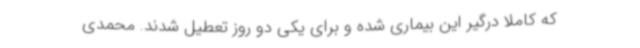
که کاملا درگیر این بیماری شده و برای یکی دو روز تعطیل شدند. محمدی